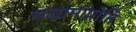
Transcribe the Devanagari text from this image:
श्रद्धामाप्नोति